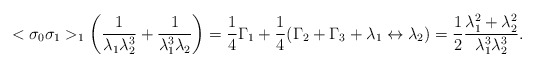
\begin{align*}<\sigma_0\sigma_1>_1\left({1\over\lambda_1\lambda_2^3}+{1\over \lambda_1^3\lambda_2}\right)={1\over 4}\Gamma_1+{1\over 4}(\Gamma_2+\Gamma_3+\lambda_1\leftrightarrow\lambda_2)={1\over 2}{\lambda_1^2+\lambda_2^2\over \lambda_1^3\lambda_2^3}.\end{align*}